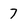
Character: 7